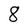
Character: 8